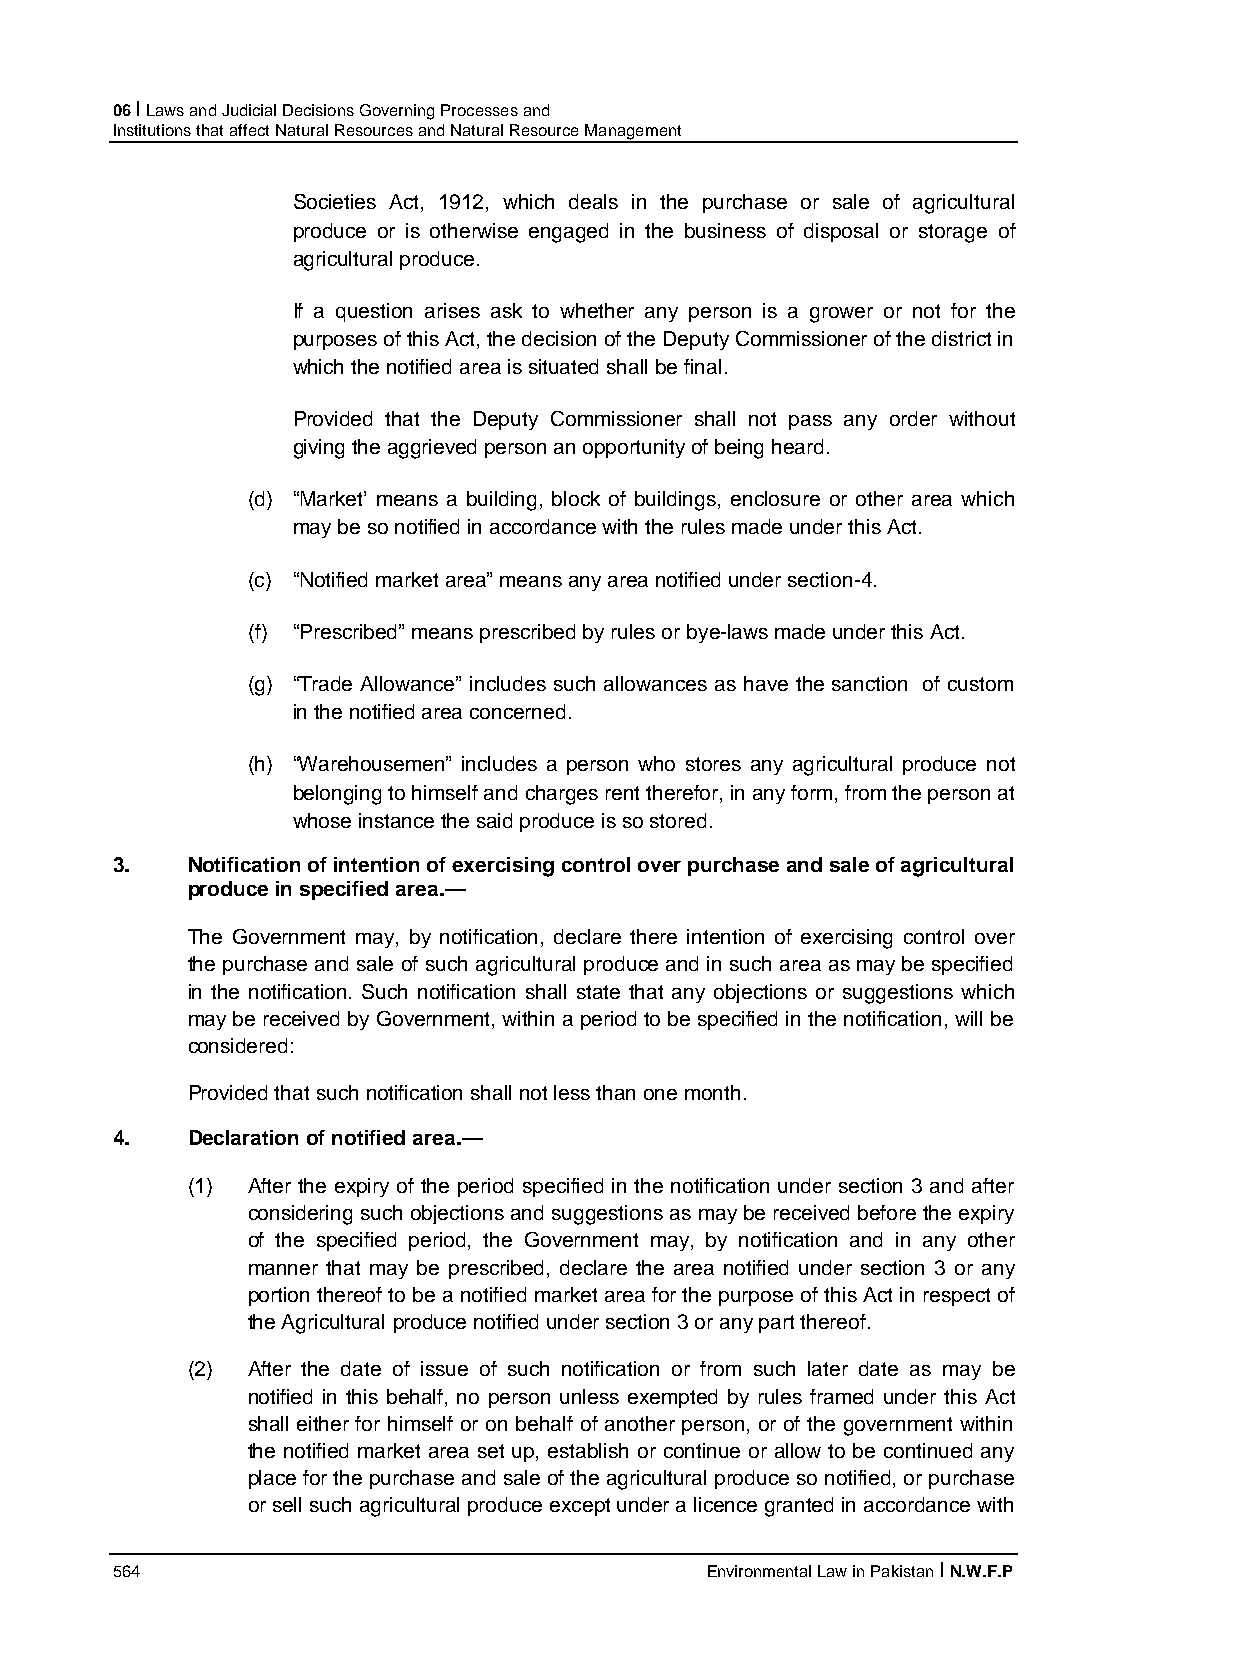
06 I Laws and Judicial Decisions Governing Processes and
 Institutions that affect Natural Resources and Natural Resource Management
 Societies Act, 1912, which deals in the purchase or sale of agricultural
 produce or is otherwise engaged in the business of disposal or storage of
 agricultural produce.
 If a question arises ask to whether any person is a grower or not for the
 purposes of this Act, the decision of the Deputy Commissioner of the district in
 which the notified area is situated shall be final.
 Provided that the Deputy Commissioner shall not pass any order without
 giving the aggrieved person an opportunity of being heard.
 (d) “Market’ means a building, block of buildings, enclosure or other area which
 may be so notified in accordance with the rules made under this Act.
 (c) “Notified market area” means any area notified under section-4.
 (f) “Prescribed” means prescribed by rules or bye-laws made under this Act.
 (g) “Trade Allowance” includes such allowances as have the sanction of custom
 in the notified area concerned.
 (h) “Warehousemen” includes a person who stores any agricultural produce not
 belonging to himself and charges rent therefor, in any form, from the person at
 whose instance the said produce is so stored.
 3.   Notification of intention of exercising control over purchase and sale of agricultural
 produce in specified area.—
 The Government may, by notification, declare there intention of exercising control over
 the purchase and sale of such agricultural produce and in such area as may be specified
 in the notification. Such notification shall state that any objections or suggestions which
 may be received by Government, within a period to be specified in the notification, will be
 considered:
 Provided that such notification shall not less than one month.
 4.   Declaration of notified area.—
 (1) After the expiry of the period specified in the notification under section 3 and after
 considering such objections and suggestions as may be received before the expiry
 of the specified period, the Government may, by notification and in any other
 manner that may be prescribed, declare the area notified under section 3 or any
 portion thereof to be a notified market area for the purpose of this Act in respect of
 the Agricultural produce notified under section 3 or any part thereof.
 (2) After the date of issue of such notification or from such later date as may be
 notified in this behalf, no person unless exempted by rules framed under this Act
 shall either for himself or on behalf of another person, or of the government within
 the notified market area set up, establish or continue or allow to be continued any
 place for the purchase and sale of the agricultural produce so notified, or purchase
 or sell such agricultural produce except under a licence granted in accordance with
 564                                     Environmental Law in Pakistan I N.W.F.P